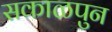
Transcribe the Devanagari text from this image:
सकाळपुन